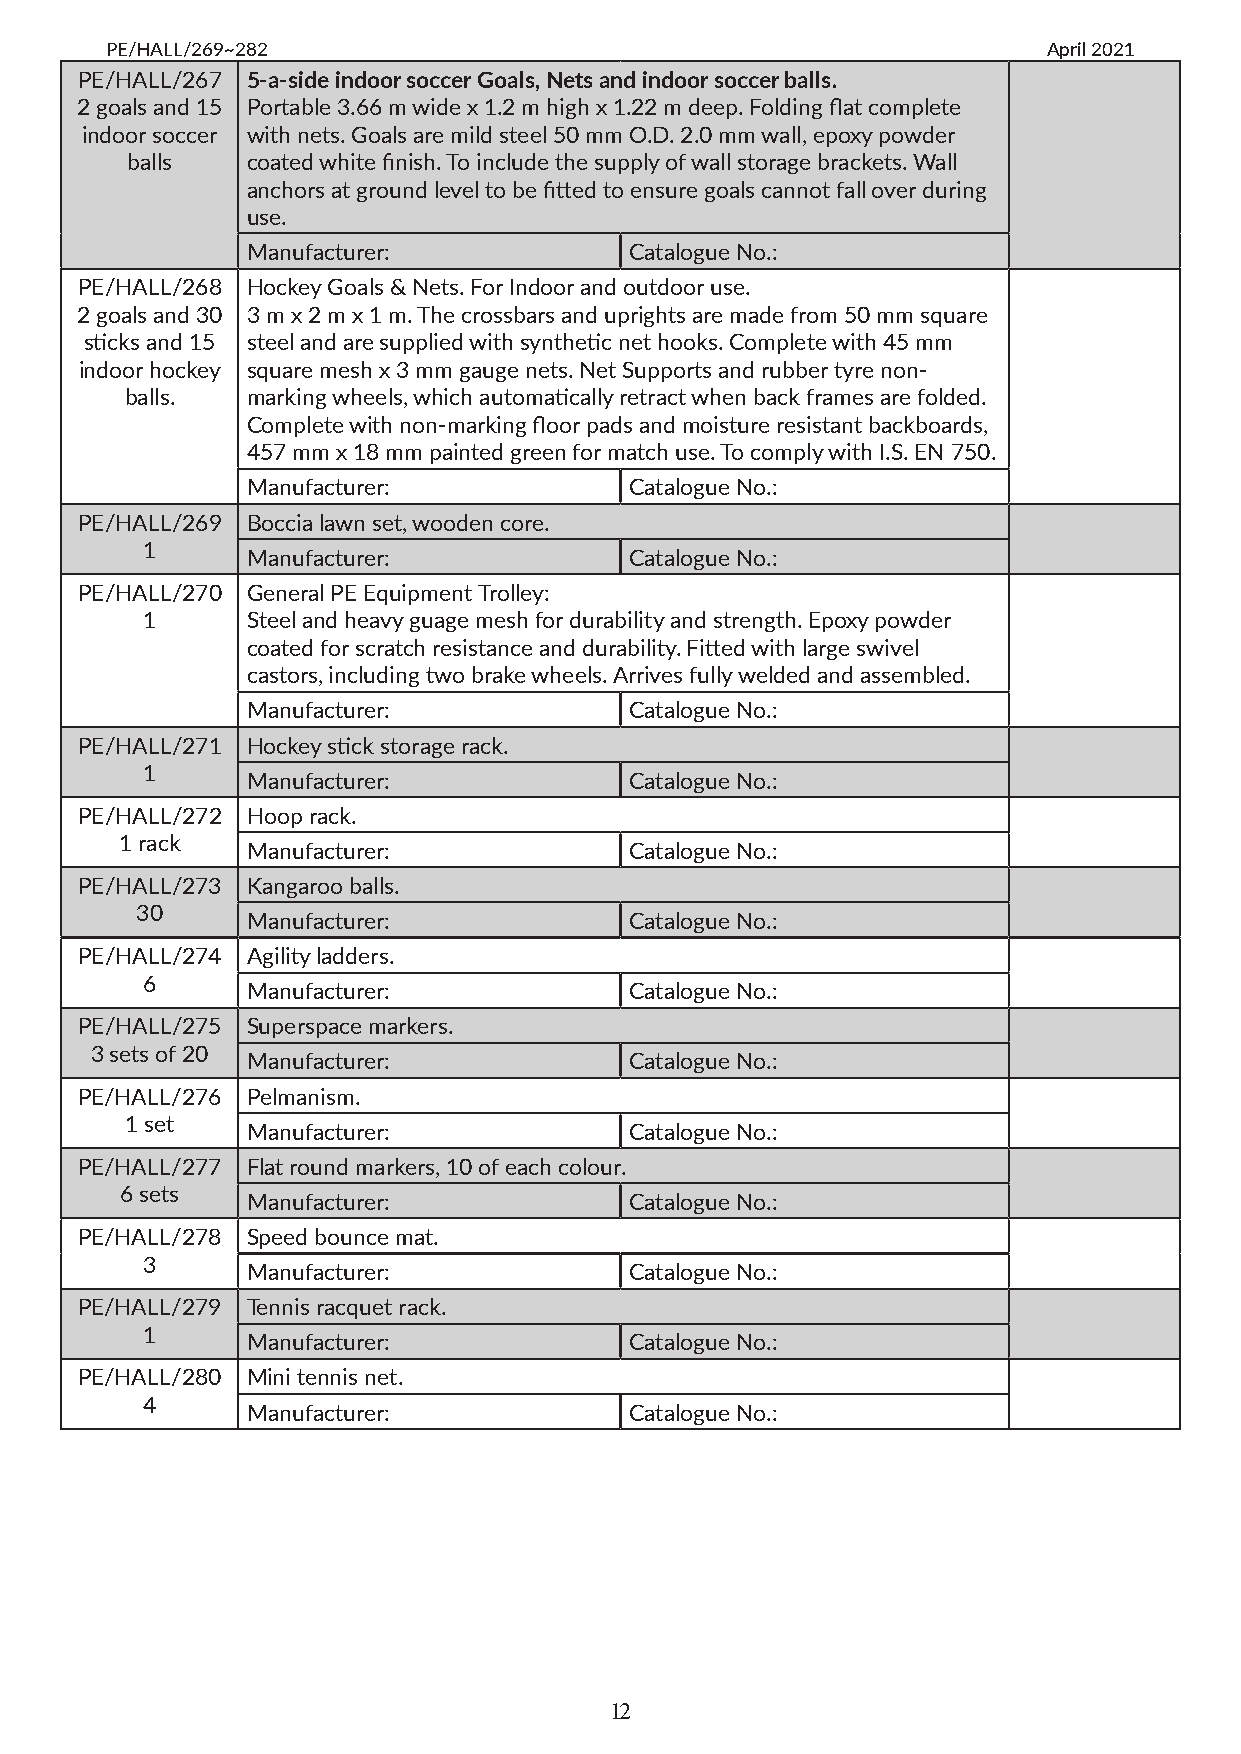
PE/HALL/269~282                                               April 2021
 PE/HALL/267 5-a-side indoor soccer Goals, Nets and indoor soccer balls.
 2 goals and 15 Portable 3.66 m wide x 1.2 m high x 1.22 m deep. Folding flat complete
 indoor soccer with nets. Goals are mild steel 50 mm O.D. 2.0 mm wall, epoxy powder
 balls   coated white finish. To include the supply of wall storage brackets. Wall
 anchors at ground level to be fitted to ensure goals cannot fall over during
 use.
 Manufacturer:             Catalogue No.:
 PE/HALL/268 Hockey Goals & Nets. For Indoor and outdoor use.
 2 goals and 30 3 m x 2 m x 1 m. The crossbars and uprights are made from 50 mm square
 sticks and 15 steel and are supplied with synthetic net hooks. Complete with 45 mm
 indoor hockey square mesh x 3 mm gauge nets. Net Supports and rubber tyre non-
 balls.  marking wheels, which automatically retract when back frames are folded.
 Complete with non-marking floor pads and moisture resistant backboards,
 457 mm x 18 mm painted green for match use. To comply with I.S. EN 750.
 Manufacturer:             Catalogue No.:
 PE/HALL/269 Boccia lawn set, wooden core.
 1
 Manufacturer:             Catalogue No.:
 PE/HALL/270 General PE Equipment Trolley:
 1      Steel and heavy guage mesh for durability and strength. Epoxy powder
 coated for scratch resistance and durability. Fitted with large swivel
 castors, including two brake wheels. Arrives fully welded and assembled.
 Manufacturer:             Catalogue No.:
 PE/HALL/271 Hockey stick storage rack.
 1
 Manufacturer:             Catalogue No.:
 PE/HALL/272 Hoop rack.
 1 rack
 Manufacturer:             Catalogue No.:
 PE/HALL/273 Kangaroo balls.
 30
 Manufacturer:             Catalogue No.:
 PE/HALL/274 Agility ladders.
 6
 Manufacturer:             Catalogue No.:
 PE/HALL/275 Superspace markers.
 3 sets of 20
 Manufacturer:             Catalogue No.:
 PE/HALL/276 Pelmanism.
 1 set
 Manufacturer:             Catalogue No.:
 PE/HALL/277 Flat round markers, 10 of each colour.
 6 sets
 Manufacturer:             Catalogue No.:
 PE/HALL/278 Speed bounce mat.
 3
 Manufacturer:             Catalogue No.:
 PE/HALL/279 Tennis racquet rack.
 1
 Manufacturer:             Catalogue No.:
 PE/HALL/280 Mini tennis net.
 4
 Manufacturer:             Catalogue No.:
 12